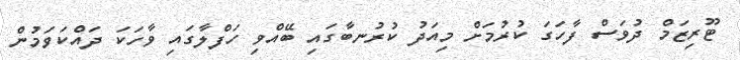
ޓޫރިޒަމް ދުވަސް ފާހަގަ ކުރުމަށް މިއަދު ކުރުނބާގައި ބޭއްވި ހަފްލާގައި ވާހަކަ ދައްކަވަމުން